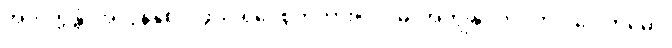
အဘိက္ကန္တံ၊ အလွန်နှစ်လိုဖွယ် ရှိပေစွတကား။ ပ။ မံ၊ အကျွန်ုပ်ကို။ ဘဝံ ဂေါတမော၊